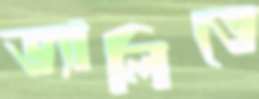
ভ্যালিতে